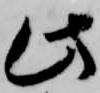
此